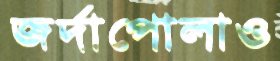
জর্দাপোলাও